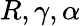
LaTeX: R,\gamma,\alpha